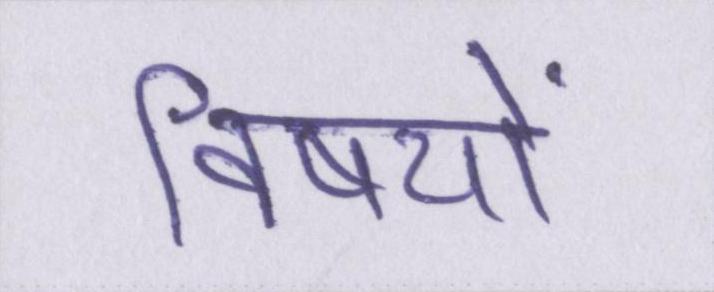
विषयों